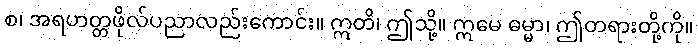
စ၊ အရဟတ္တဖိုလ်ပညာလည်းကောင်း။ ဣတိ၊ ဤသို့။ ဣမေ ဓမ္မာ၊ ဤတရားတို့ကို။